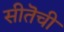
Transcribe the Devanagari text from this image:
सीतॆची